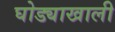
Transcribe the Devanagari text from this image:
घोड्याखाली